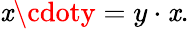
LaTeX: \mathit{x}\cdoty=y\cdot\mathit{x}.